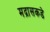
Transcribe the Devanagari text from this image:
मद्रासकडे